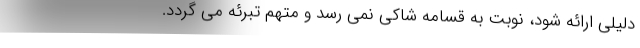
دلیلی ارائه شود، نوبت به قسامه شاکی نمی رسد و متهم تبرئه می گردد.